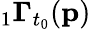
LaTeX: {}_{1}\mathbf{\Gamma}_{t_{0}}(\mathbf{p})